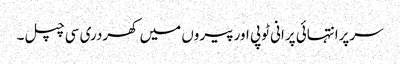
سرپرانتہائی پرانی ٹوپی اورپیروں میں کھردری سی چپل۔